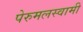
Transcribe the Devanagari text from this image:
पेरुमलस्वामी